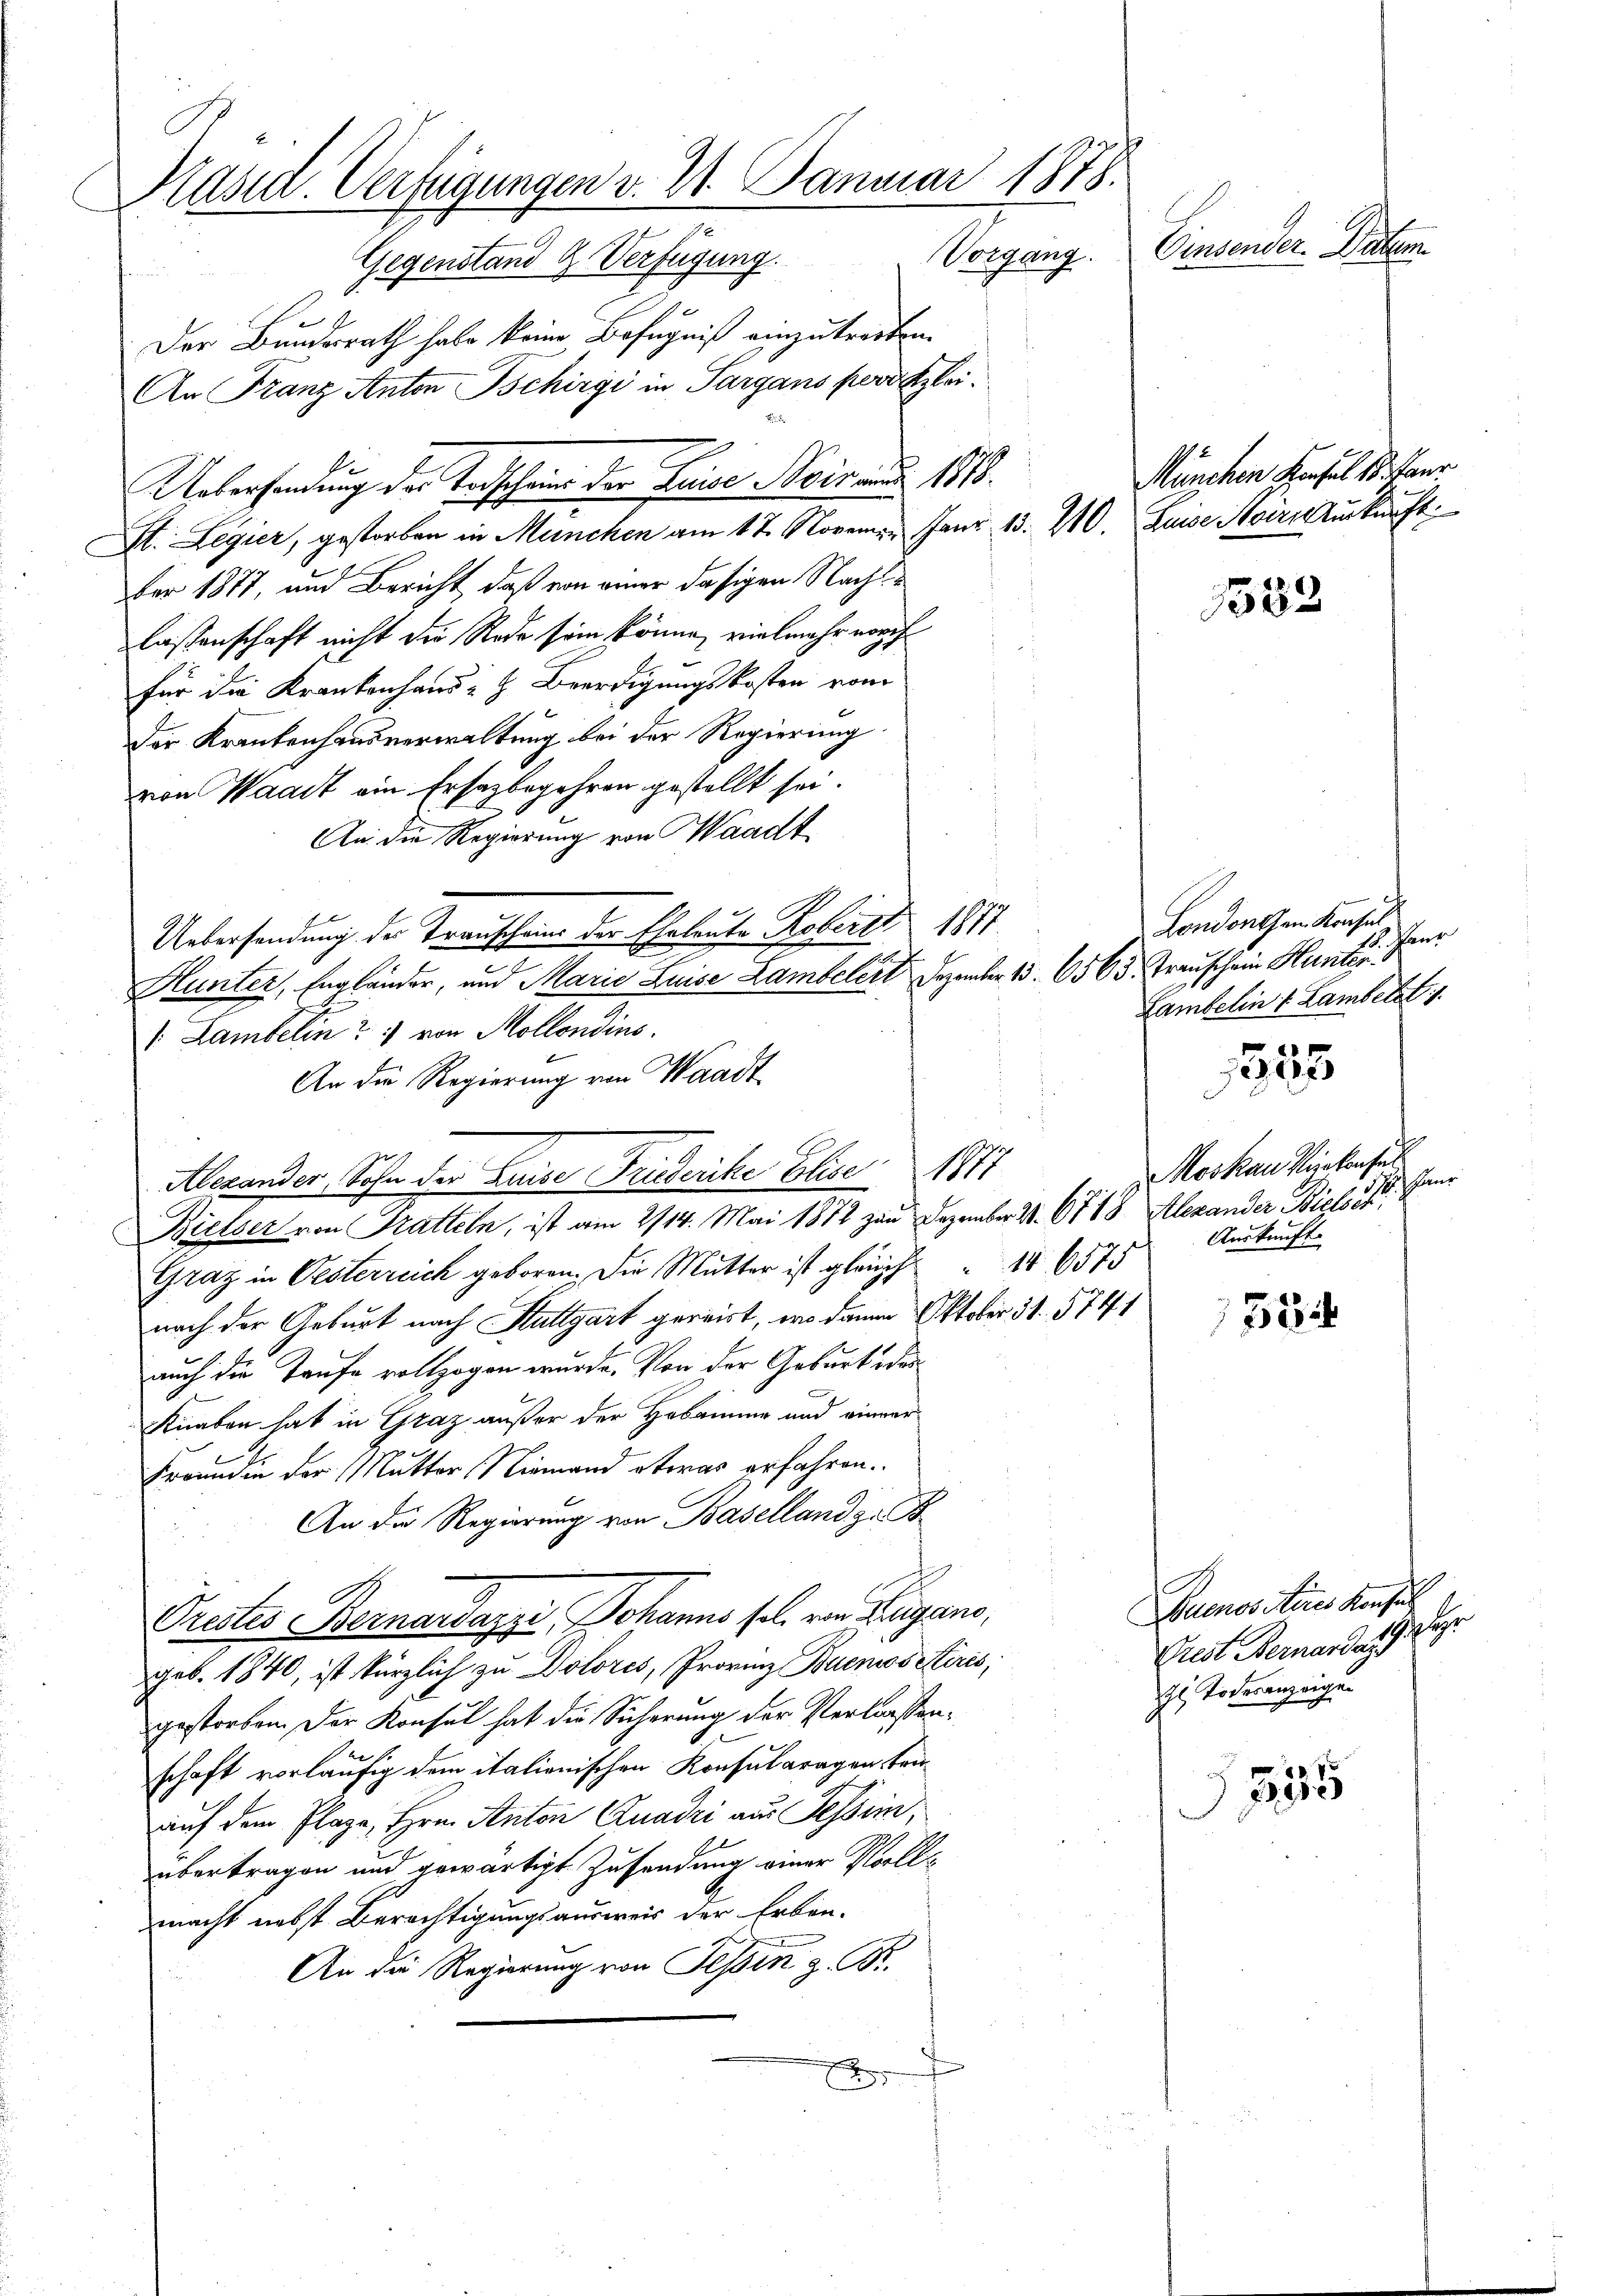
Kassa-Verfügungen v. 21. Januar 1878.
Vinsender. Datum
Gegenstand G. Verfügung. Vorgang.

Der Bundesrath habe keine Befugniß einzutreten.
An Franz Anton Tschirgi in Sargans porzlei.
Uebersendung der Verschein der Luise Steinand 1818.
St. Legier, gestorben in Meinchen am 17. Novem Janr. 13. 210. Luise Koirs urkunft
ber 1877, und Bericht, daß von einer dasigen Nach
lassenschaft nicht die Rede sein könne, vielmehr noch
für die Krankenhaus- & Beerdigungskosten vom
Der Krankenhausverwaltung bei der Regierung
von Waadt ein Ersatzbegehren gestellt sei.
An die Regierung von Waadt
x
Uebersendung der Transchen der Eheleute Koberst 1877
Hlunter, Engländer, und Marie Luise Lambelert Dezember 13. 6563. Trauschein Hunter
 Lambelin 1 von Mollondins.
An die Regierung von Waadt
Alexander Sohn der Luise Friederiche Elise 1811
Bielser von Tratteln, ist am 2/14. Mai 1872 zum Dezember 2. 6718 Alexander Bielock
Graz in Oesterreich geboren, die Mutter ist gleich 16575
nach der Geburt nach Stuttgart gereist, wo dann Oktober 31. 5741
auch die Taufe vollzogen wurde. Von der Geburt oder
Knaben hat in Graz außer der Hobanung und inner
Freunden der Mutter Niemand etwas erfahren.
An die Regierung von Baselland zu B
Prectes Bernardazzi Johanns sel. von Lugano,
geb. 1840, ist kürzlich zu Dolores, Provinz Buenos Airis,
gestorben. Der Konsul hat die Sicherung der Verlassenschaft vorläufig dem italienischen Konsularagen ten
auf dem Plaze, Hrn. Anton Quadri aus Tessin,
übertragen und gewärtigt Zusendung einer Vollmacht nebst Berechtigungsausweis der Erben.
An die Regierung von Tessin z. B.
5

München Konsul 18. Laur

1582

Londorthen Konsul
Paur
Lambelin 1 Lamber 1.

Moskau Rickensat
ichen
Auskunft

20 x
f

584

Buenos Aires Konsuch
HHer
Prest Bernardan
Hi Todesanzeigen

357